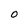
Character: O